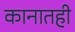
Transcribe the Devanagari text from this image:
कानातही